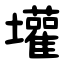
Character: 壦